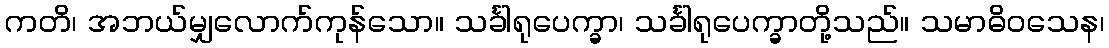
ကတိ၊ အဘယ်မျှလောက်ကုန်သော။ သင်္ခါရုပေက္ခာ၊ သင်္ခါရုပေက္ခာတို့သည်။ သမာဓိဝသေန၊